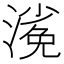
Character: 𣻖